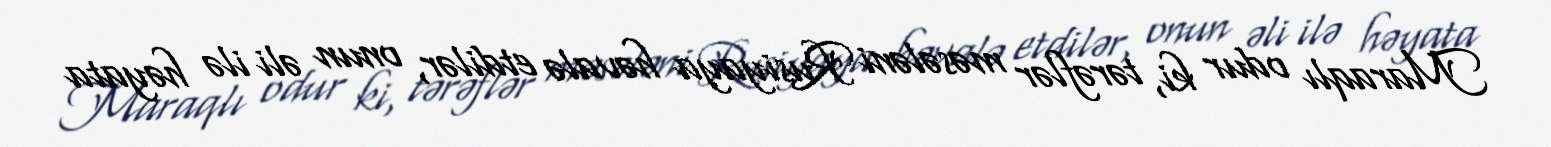
Maraqlı odur ki, tərəflər məsələni Rusiyaya həvalə etdilər, onun əli ilə həyata